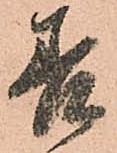
善